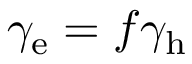
\gamma _ { \mathrm { e } } = f \gamma _ { \mathrm { h } }